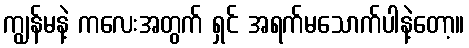
ကျွန်မနဲ့ ကလေးအတွက် ရှင် အရက်မသောက်ပါနဲ့တော့။